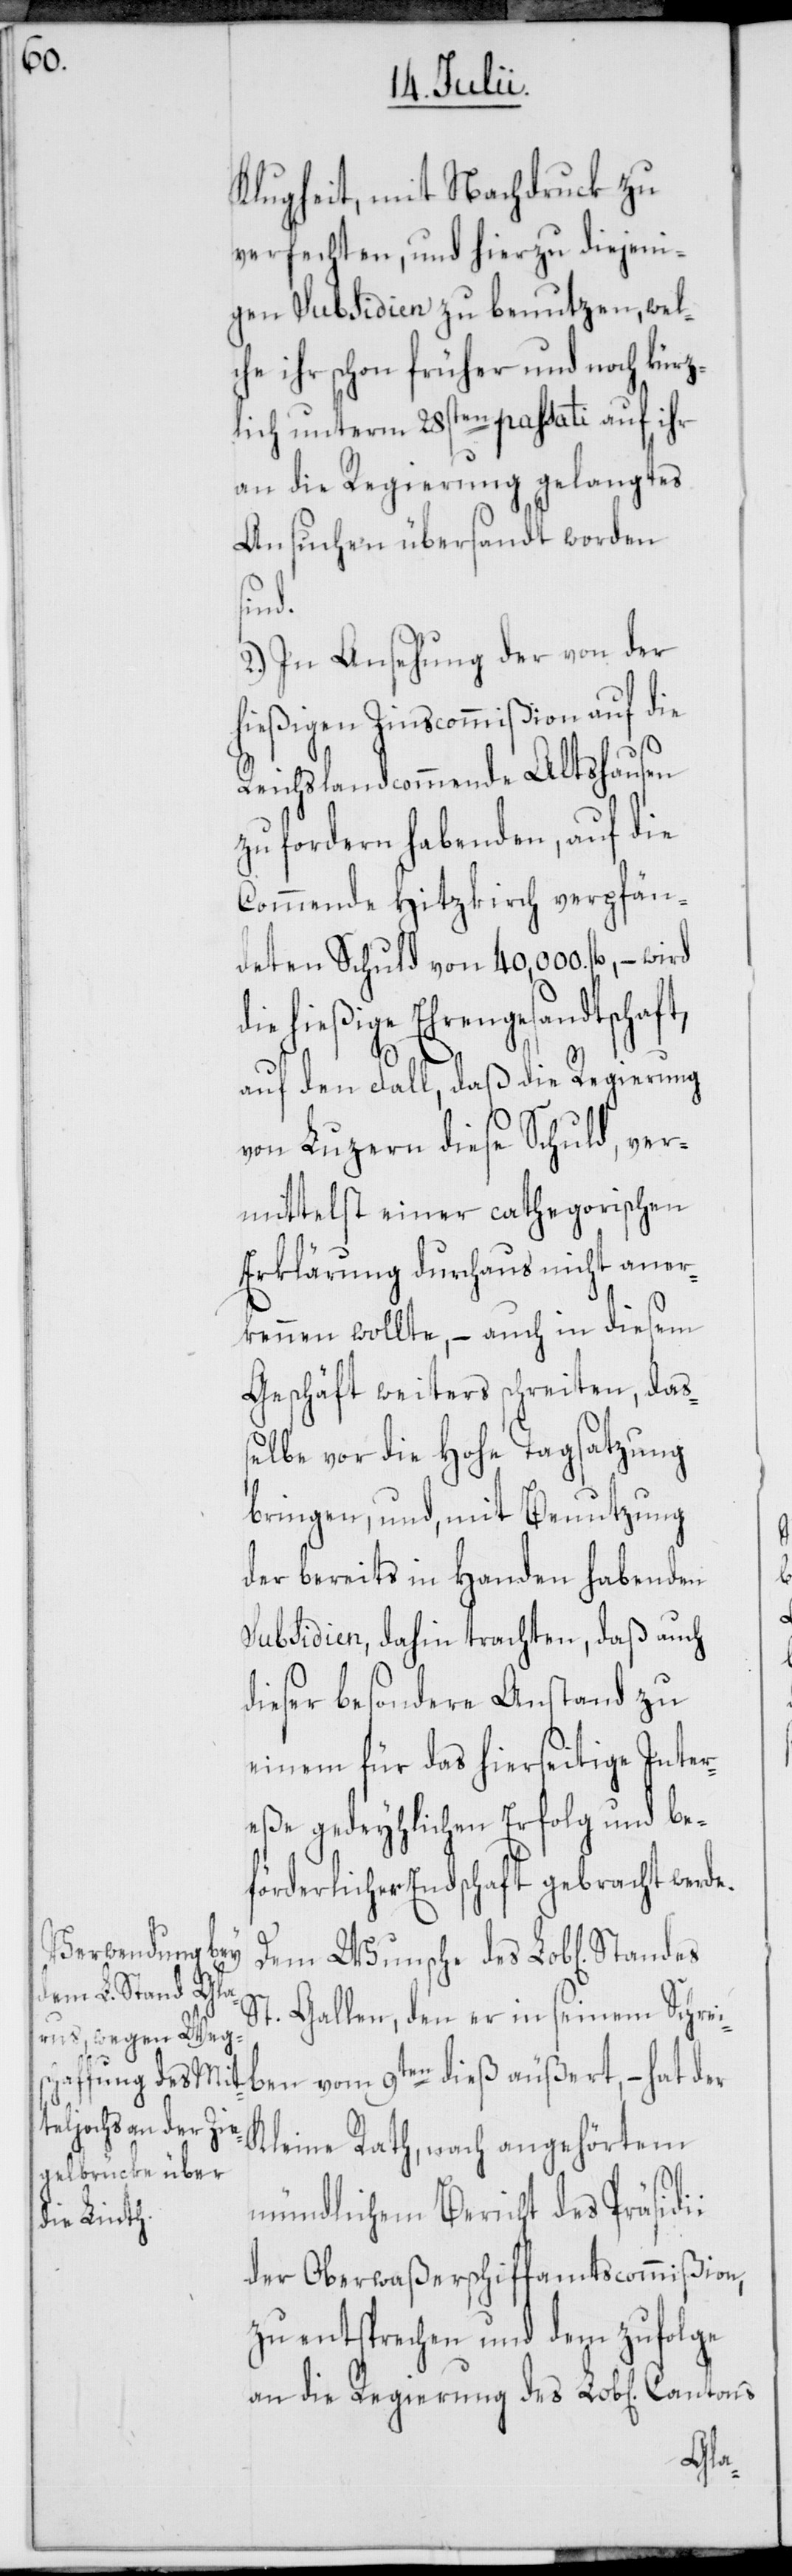
Klugheit, mit Nachdruck zu
verfechten, und hierzu diejeni¬
gen Subsidien zu benutzen, wel¬
che ihr schon früher und noch kürz¬
lich unterm 28sten passati auf ihr
an die Regierung gelangtes
Ansuchen übersandt worden
sind.
2.) In Ansehung der von der
hießigen Zinscommißion auf die
Reichslandcommende Altshausen
zu fordern habenden, auf die
Commende Hitzkirch verpfän¬
deten Schuld von 40,000 fl., – wird
hießige Ehrengesandtschaft,
auf den Fall, daß die Regierung
von Luzern diese Schuld, ver¬
mittelst einer cathegorischen
Erklärung durchaus nicht aner¬
kennen wollte, – auch in diesem
Geschäft weiters schreiten, daß¬
elbe vor die Hohe Tagsatzung
bringen, und, mit Benutzung
der bereits in Handen habenden
Subsidien, dahin trachten, daß auch
dieser besondere Anstand zu
einem für das hierseitige Inter¬
eße gedeyhlichen Erfolg und be¬
förderlicher Endschaft gebracht werde.
Dem Wunsche des Lob[lichen]
St. Gallen, den er in seinem Schrei¬
ben vom 9ten dieß äußert, – hat der
Kleine Rath, nach angehörtem
mündlichem Bericht des Präsidii
der Oberwaßerschiffamtscommißion,
zu entsprechen und dem zufolge
an die Regierung des Lob[lichen]